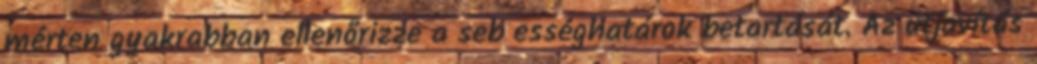
mérten gyakrabban ellenőrizze a seb ességhatárok betartását. Az útjavítás